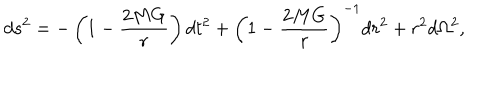
d s ^ { 2 } = - \left( 1 - \frac { 2 M G } { r } \right) d t ^ { 2 } + \left( 1 - \frac { 2 M G } { r } \right) ^ { - 1 } d r ^ { 2 } + r ^ { 2 } d \Omega ^ { 2 } ,